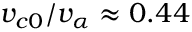
v _ { c 0 } / v _ { \alpha } \approx 0 . 4 4